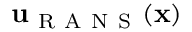
\mathbf { u } _ { \mathrm { ~ R ~ A ~ N ~ S ~ } } ( \mathbf { x } )